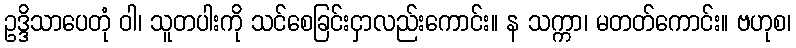
ဥဒ္ဒိသာပေတုံ ဝါ၊ သူတပါးကို သင်စေခြင်းငှာလည်းကောင်း။ န သက္ကာ၊ မတတ်ကောင်း။ ဗဟုစ၊